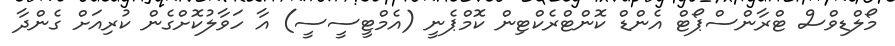
މޯލްޑިވްސް ޓްރާންސްޕޯޓް އެންޑް ކޮންޓްރެކްޓިން ކޮމްޕެނީ (އެމްޓީސީސީ) އާ ހަވާލުކޮށްގެން ކުރިއަށް ގެންދާ